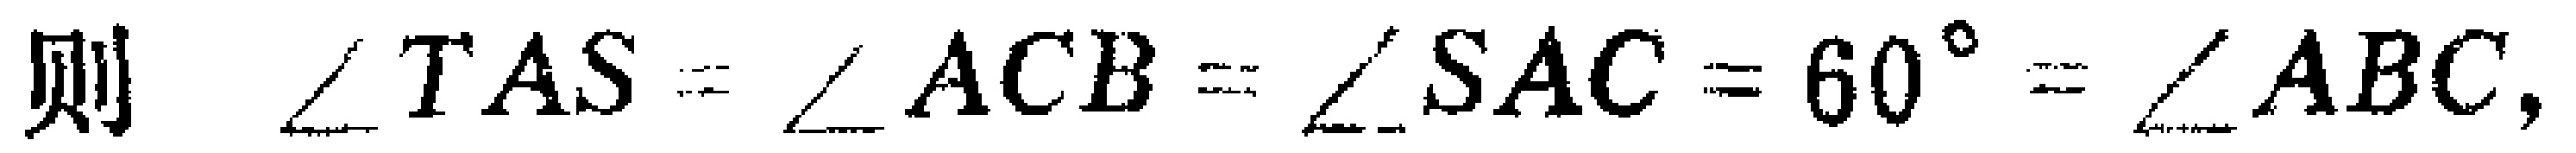
则 $\angle TAS = \angle ACB = \angle SAC = 60^{\circ} = \angle ABC,$